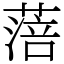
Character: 𦹃